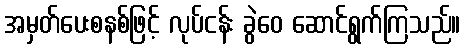
အမှတ်ပေးစနစ်ဖြင့် လုပ်ငန်း ခွဲဝေ ဆောင်ရွက်ကြသည်။